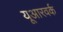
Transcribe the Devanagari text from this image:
यूआरवर्क